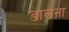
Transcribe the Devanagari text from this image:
ङालना